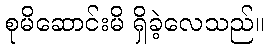
စုမိဆောင်းမိ ရှိခဲ့လေသည်။